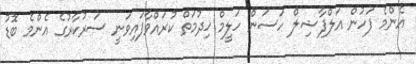
އެންމެ ފަހުން އަލްފާޟިލް ހަސަން ހަލީމް ޚިދުމަތް ކުރައްވާފައިވަނީ ސަރުކާރުގެ އެންމެ ބޮޑު